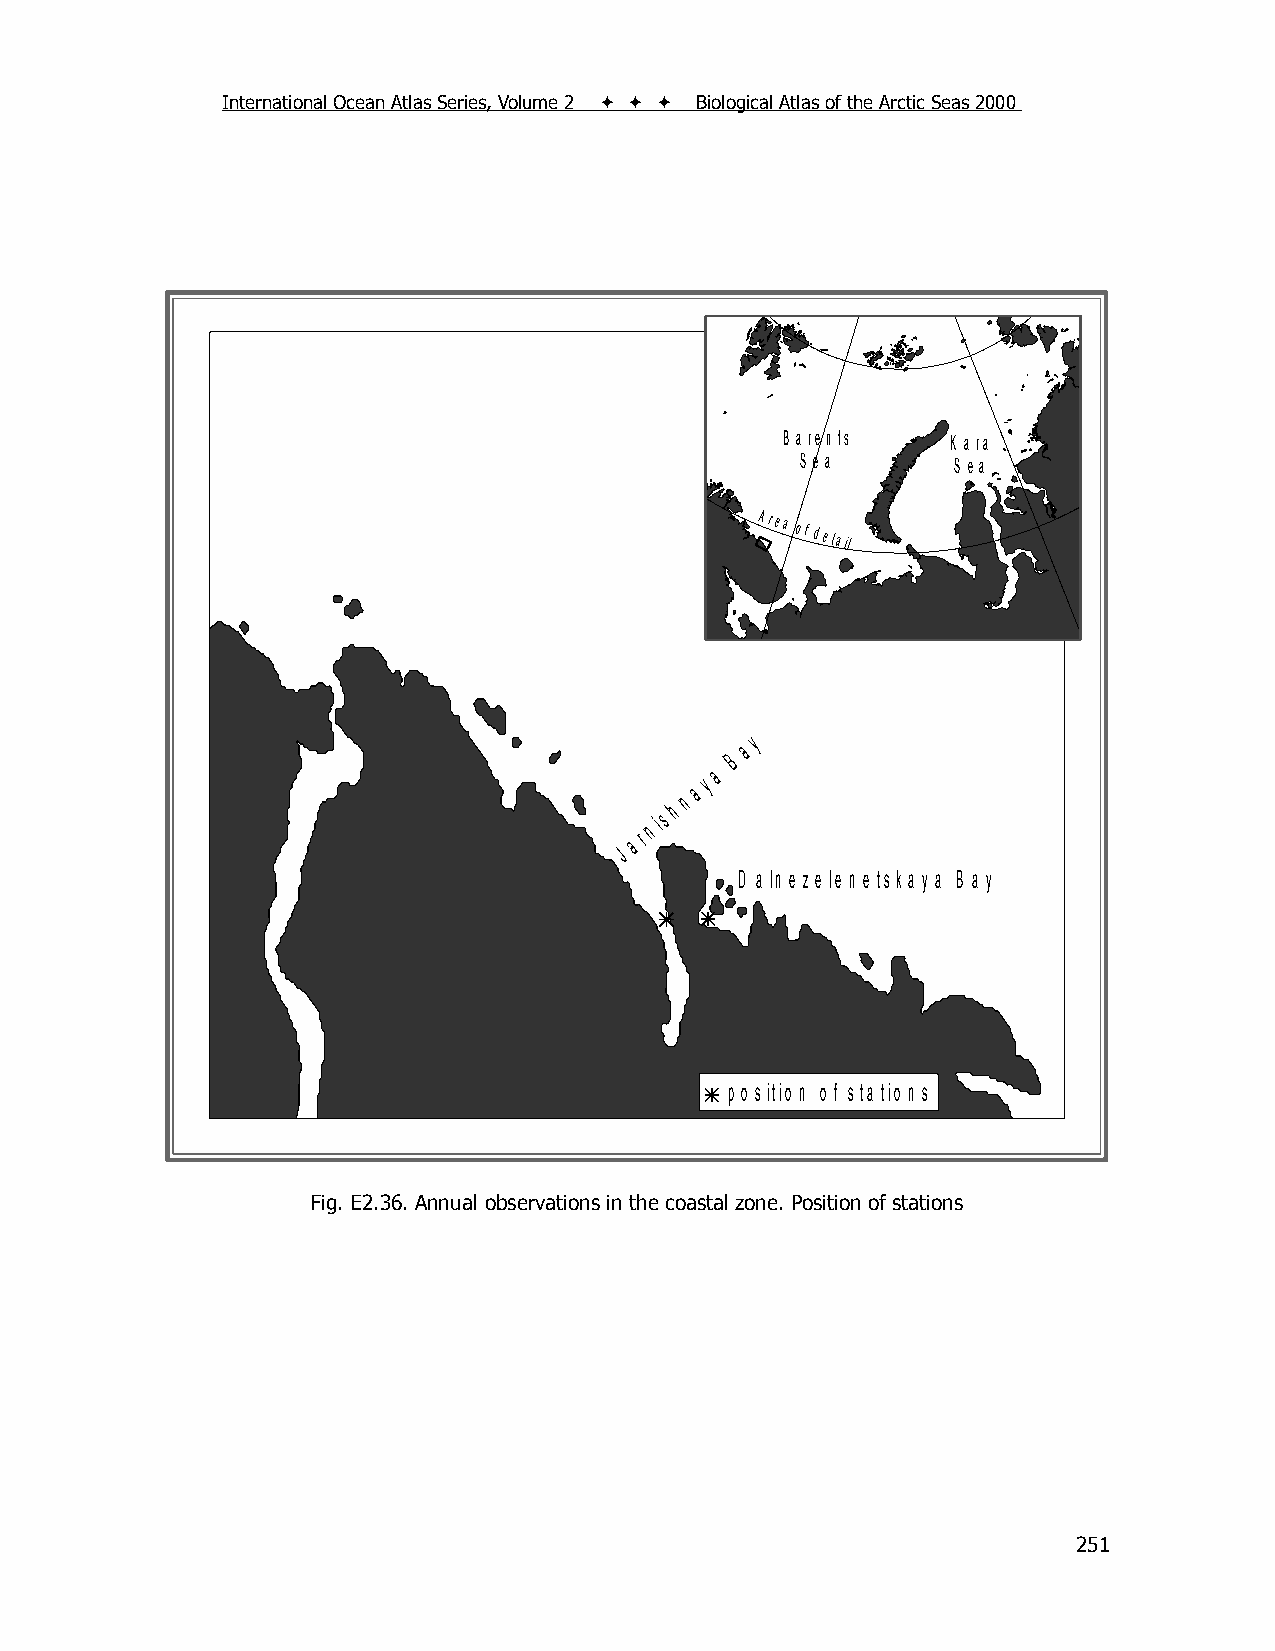
International Ocean Atlas Series, Volume 2    Biological Atlas of the Arctic Seas 2000
 B a re n ts K a ra
 S e a     S e a
 Area
 of detail
 y
 a
 B
 a
 y
 a
 n
 h
 is
 n
 r
 a
 J
 D a ln e z e le n e ts k a y a B a y
 p o s itio n o f s ta tio n s
 Fig. E2.36. Annual observations in the coastal zone. Position of stations
 251